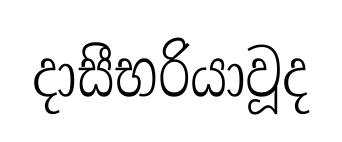
දාසීභරියාවූද